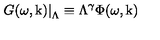
\left. G ( \omega , \mathrm { \boldmath k } ) \right| _ { \Lambda } \equiv \Lambda ^ { \gamma } \Phi ( \omega , \mathrm { \boldmath k } )